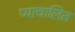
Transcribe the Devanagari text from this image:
प्याचालित